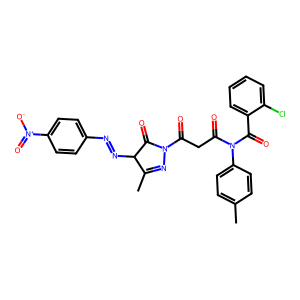
SMILES: CC1=NN(C(=O)CC(=O)N(C(=O)c2ccccc2Cl)c2ccc(C)cc2)C(=O)C1N=Nc1ccc([N+](=O)[O-])cc1
Inhibits HIV replication: No